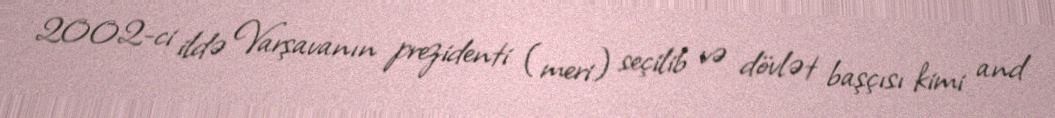
2002-ci ildə Varşavanın prezidenti (meri) seçilib və dövlət başçısı kimi and